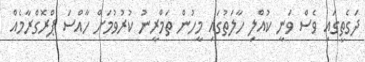
ދަގެތީގައި ވެސް ވަނީ ކުއްލި ހާލަތުގައި މީހުން ތަމްރީނު ކުރުވުމަށް ހާއްސަ ޕްރޮގްރާމެއް